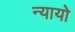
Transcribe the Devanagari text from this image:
न्यायो